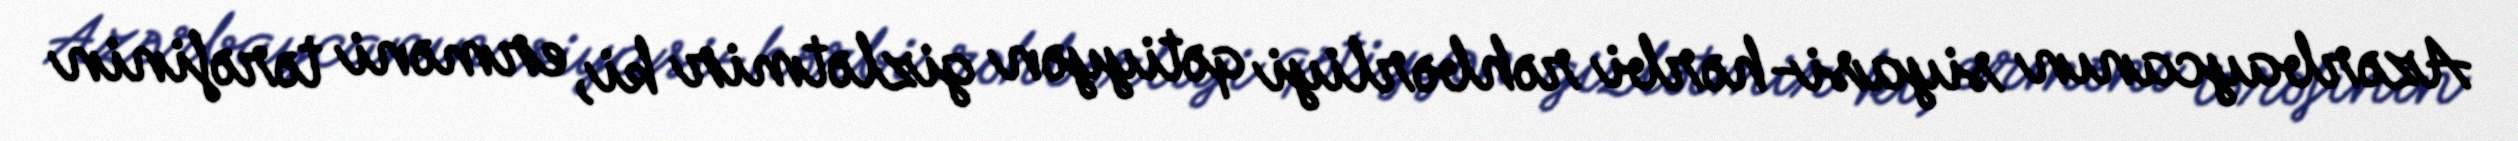
Azərbaycanın siyasi-hərbi rəhbərliyi qətiyyən gizlətmir ki, erməni tərəfinin